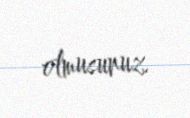
olmusunuz.